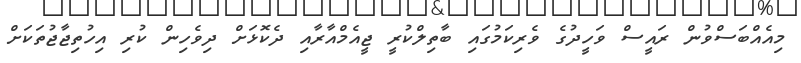
މިއެއްބަސްވުން ރައީސް ވަހީދުގެ ވެރިކަމުގައި ބާތިލްކުރީ ޖީއެމްއާރާއި ދެކޮޅަށް ދިވެހިން ކުރި އިހުތިޖާޖުތަކަށް